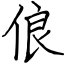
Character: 俍